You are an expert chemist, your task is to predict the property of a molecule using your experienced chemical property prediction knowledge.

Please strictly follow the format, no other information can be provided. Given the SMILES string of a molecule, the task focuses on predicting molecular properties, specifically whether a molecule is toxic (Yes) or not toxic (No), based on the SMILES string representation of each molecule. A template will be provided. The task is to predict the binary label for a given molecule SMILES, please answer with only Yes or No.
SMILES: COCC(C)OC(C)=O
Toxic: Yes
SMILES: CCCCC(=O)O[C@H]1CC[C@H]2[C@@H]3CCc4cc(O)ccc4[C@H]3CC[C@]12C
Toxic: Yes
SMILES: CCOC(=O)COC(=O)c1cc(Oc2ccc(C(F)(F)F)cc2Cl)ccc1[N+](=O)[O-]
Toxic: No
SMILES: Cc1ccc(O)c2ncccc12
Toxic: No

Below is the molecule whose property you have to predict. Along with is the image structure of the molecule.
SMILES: CC(O)(c1ccc(Cl)cc1)c1ccc(Cl)cc1
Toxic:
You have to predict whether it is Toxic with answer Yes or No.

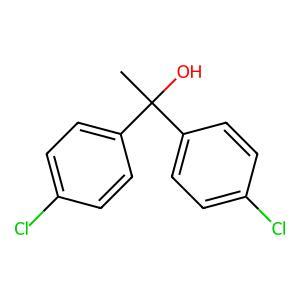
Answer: No